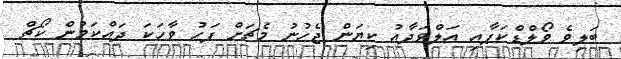
ބަލިވެ ވޯލްޑްކަޕާއި އަލްވަދާއު ކިޔަން ޖެހުނު މެޗަށް ފަހު ވާހަކަ ދައްކަމުން ކޯޗް